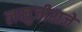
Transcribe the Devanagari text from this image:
लखुजीराजे